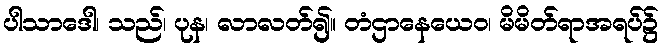
ပါသာဒေါ၊ သည်၊ ပုန၊ လာလတ်၍။ တံဌာနေယေဝ၊ မိမိတ်ရာအရပ်၌